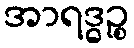
အာရဒ္ဓဉ္စ